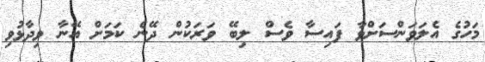
މަހުގެ އެލަވަންސަށްވާ ފައިސާ ވެސް ލިބޭ ވަރަކުން ދޭނެ ކަމަށް އޭނާ ވިދާޅުވި